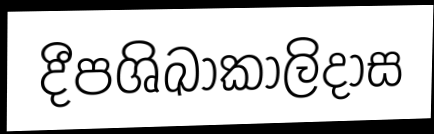
දීපශිඛාකාලිදාස